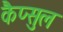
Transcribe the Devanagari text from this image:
कैप्सुल